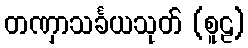
တဏှာသင်္ခယသုတ် (စူဠ)